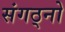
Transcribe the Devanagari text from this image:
संगठ्नो